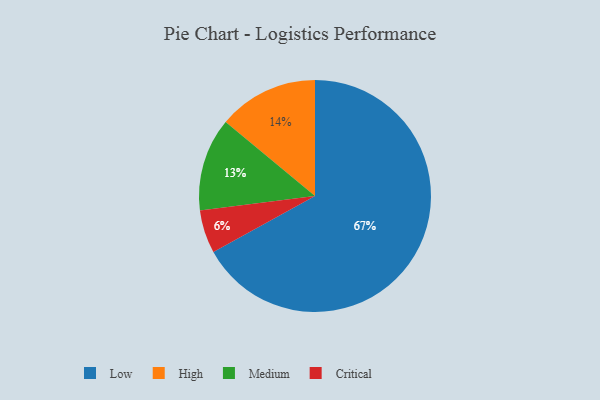
{"axis": {"x": "Category", "y": "Percentage"}, "legend": ["Critical", "High", "Low", "Medium"], "data": [{"x": "High", "y": 14, "type": "High"}, {"x": "Critical", "y": 6, "type": "Critical"}, {"x": "Medium", "y": 13, "type": "Medium"}, {"x": "Low", "y": 67, "type": "Low"}]}